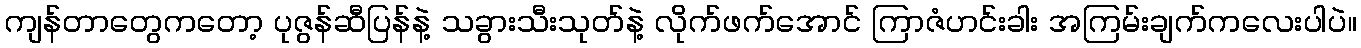
ကျန်တာတွေကတော့ ပုဇွန်ဆီပြန်နဲ့ သခွားသီးသုတ်နဲ့ လိုက်ဖက်အောင် ကြာဇံဟင်းခါး အကြမ်းချက်ကလေးပါပဲ။